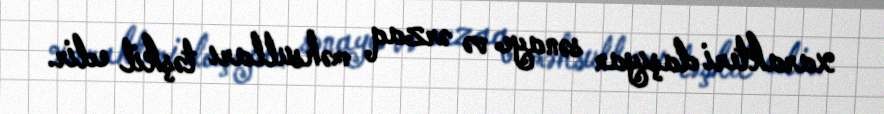
xarakteri daşıyan sənaye və ərzaq məhsulları təşkil edir.